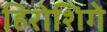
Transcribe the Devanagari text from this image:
हिरोशिगे